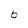
Character: b